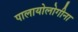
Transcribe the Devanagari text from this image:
पालायोलोगीना